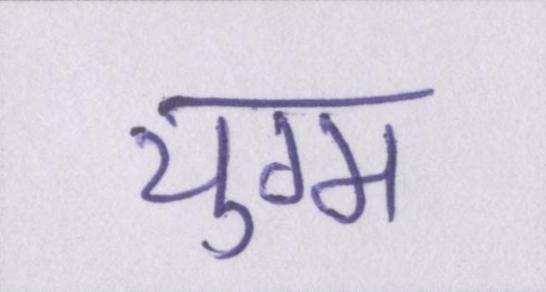
युग्म